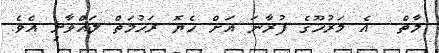
މާތް  އެ މަރުހޫގެ ފުރާނަ އަށް ހެޔޮ ރަހުމަތް ލައްވާށި އެވެ.